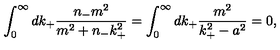
\int _ { 0 } ^ { \infty } d k _ { + } \frac { n _ { - } m ^ { 2 } } { m ^ { 2 } + n _ { - } k _ { + } ^ { 2 } } = \int _ { 0 } ^ { \infty } d k _ { + } \frac { m ^ { 2 } } { k _ { + } ^ { 2 } - a ^ { 2 } } = 0 ,